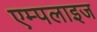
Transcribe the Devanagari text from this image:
एम्पलाइज